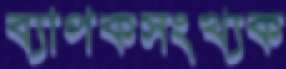
ব্যাপকসংখ্যক